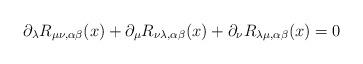
LaTeX: \begin{align*}\partial_\lambda R_{\mu \nu , \alpha \beta}(x) + \partial_\mu R_{\nu \lambda , \alpha \beta}(x) + \partial_\nu R_{\lambda \mu , \alpha \beta}(x) = 0\end{align*}